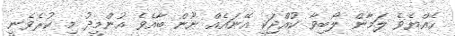
ހެއްޔެވެ ލަމާން ލޯބިވާ ކުއްޖަކީ އޭނައެއް ނޫން ބާއެވެ އުންމީދު މި ކުރެވެނީ